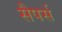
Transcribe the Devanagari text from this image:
सैपर्स